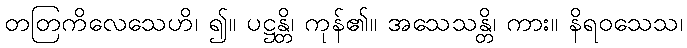
တတြကိလေသေဟိ၊ ၍။ ပဋ္ဌန္တိ၊ ကုန်၏။ အသေသန္တိ၊ ကား။ နိရဝသေသ၊